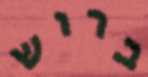
ברוש